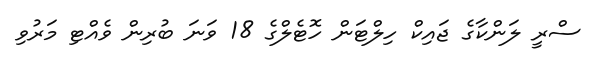
ސްރީ ލަންކާގެ ޖައިކް ހިލްޓަން ހޮޓެލްގެ 18 ވަނަ ބުރިން ވެއްޓި މަރުވި